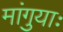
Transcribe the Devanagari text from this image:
मांगुयाः